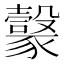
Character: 𧲇